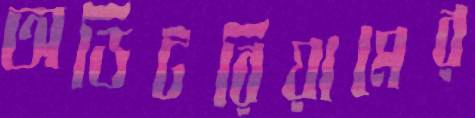
অডিটরিয়ামের